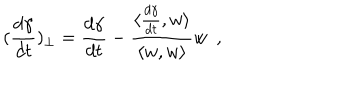
( \frac { d \gamma } { d t } ) _ { \perp } = \frac { d \gamma } { d t } - \frac { \langle \frac { d \gamma } { d t } , w \rangle } { \langle w , w \rangle } w \ \ ,